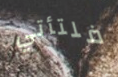
فلتأتي